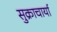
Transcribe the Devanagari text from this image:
सुक्राचार्या